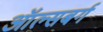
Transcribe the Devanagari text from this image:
ऑल्सबर्ग